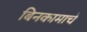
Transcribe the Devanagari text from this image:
बिनकामाचे